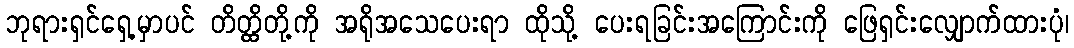
ဘုရားရှင်ရှေ့မှာပင် တိတ္ထိတို့ကို အရိုအသေပေးရာ ထိုသို့ ပေးရခြင်းအကြောင်းကို ဖြေရှင်းလျှောက်ထားပုံ၊